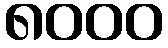
၈၀၀၀